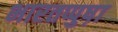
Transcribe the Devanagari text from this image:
भारतप्पुष़ा